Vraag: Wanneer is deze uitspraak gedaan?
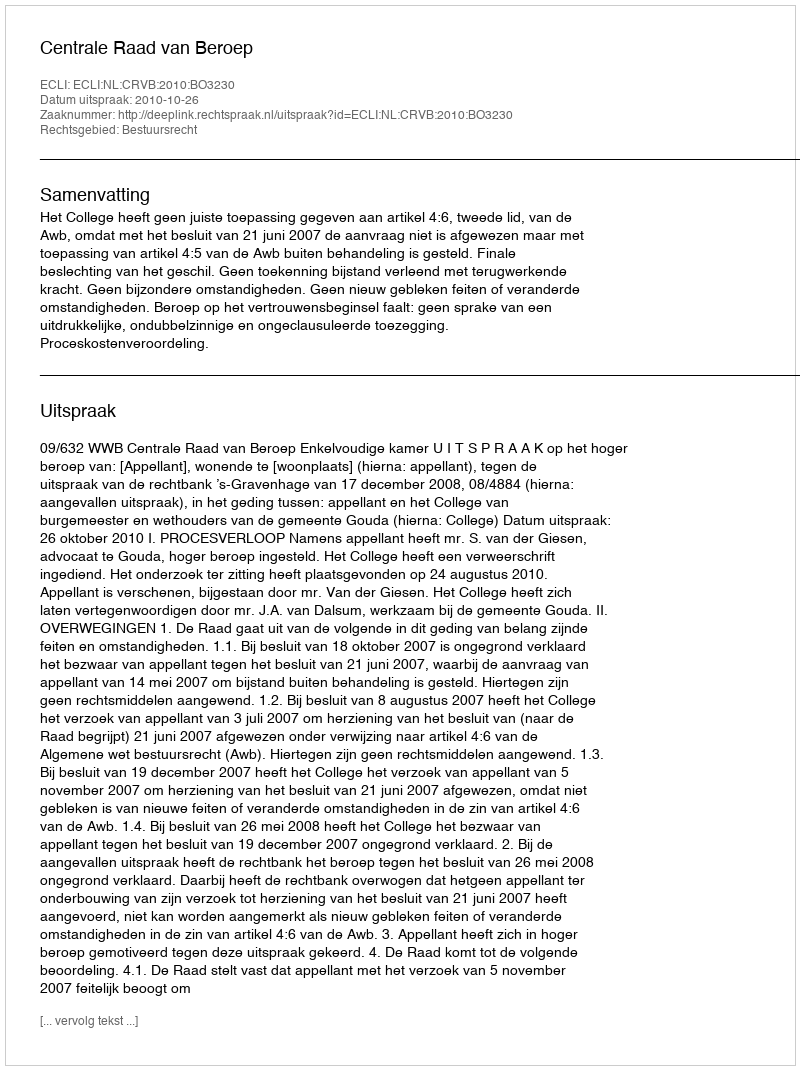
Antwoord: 2010-10-26